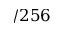
/ 2 5 6